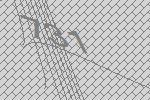
731